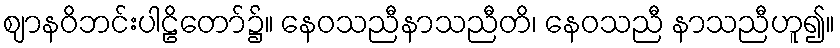
ဈာနဝိဘင်းပါဠိတော်၌။ နေဝသညီနာသညီတိ၊ နေဝသညီ နာသညီဟူ၍။